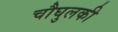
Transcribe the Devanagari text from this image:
चौघुलकी